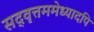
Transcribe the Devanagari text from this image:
सद्‌वृत्तममेध्यादपि